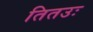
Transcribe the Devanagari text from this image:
तितउः